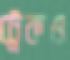
ট্রেকও